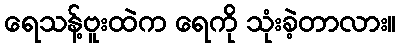
ရေသန့်ဗူးထဲက ရေကို သုံးခဲ့တာလား။